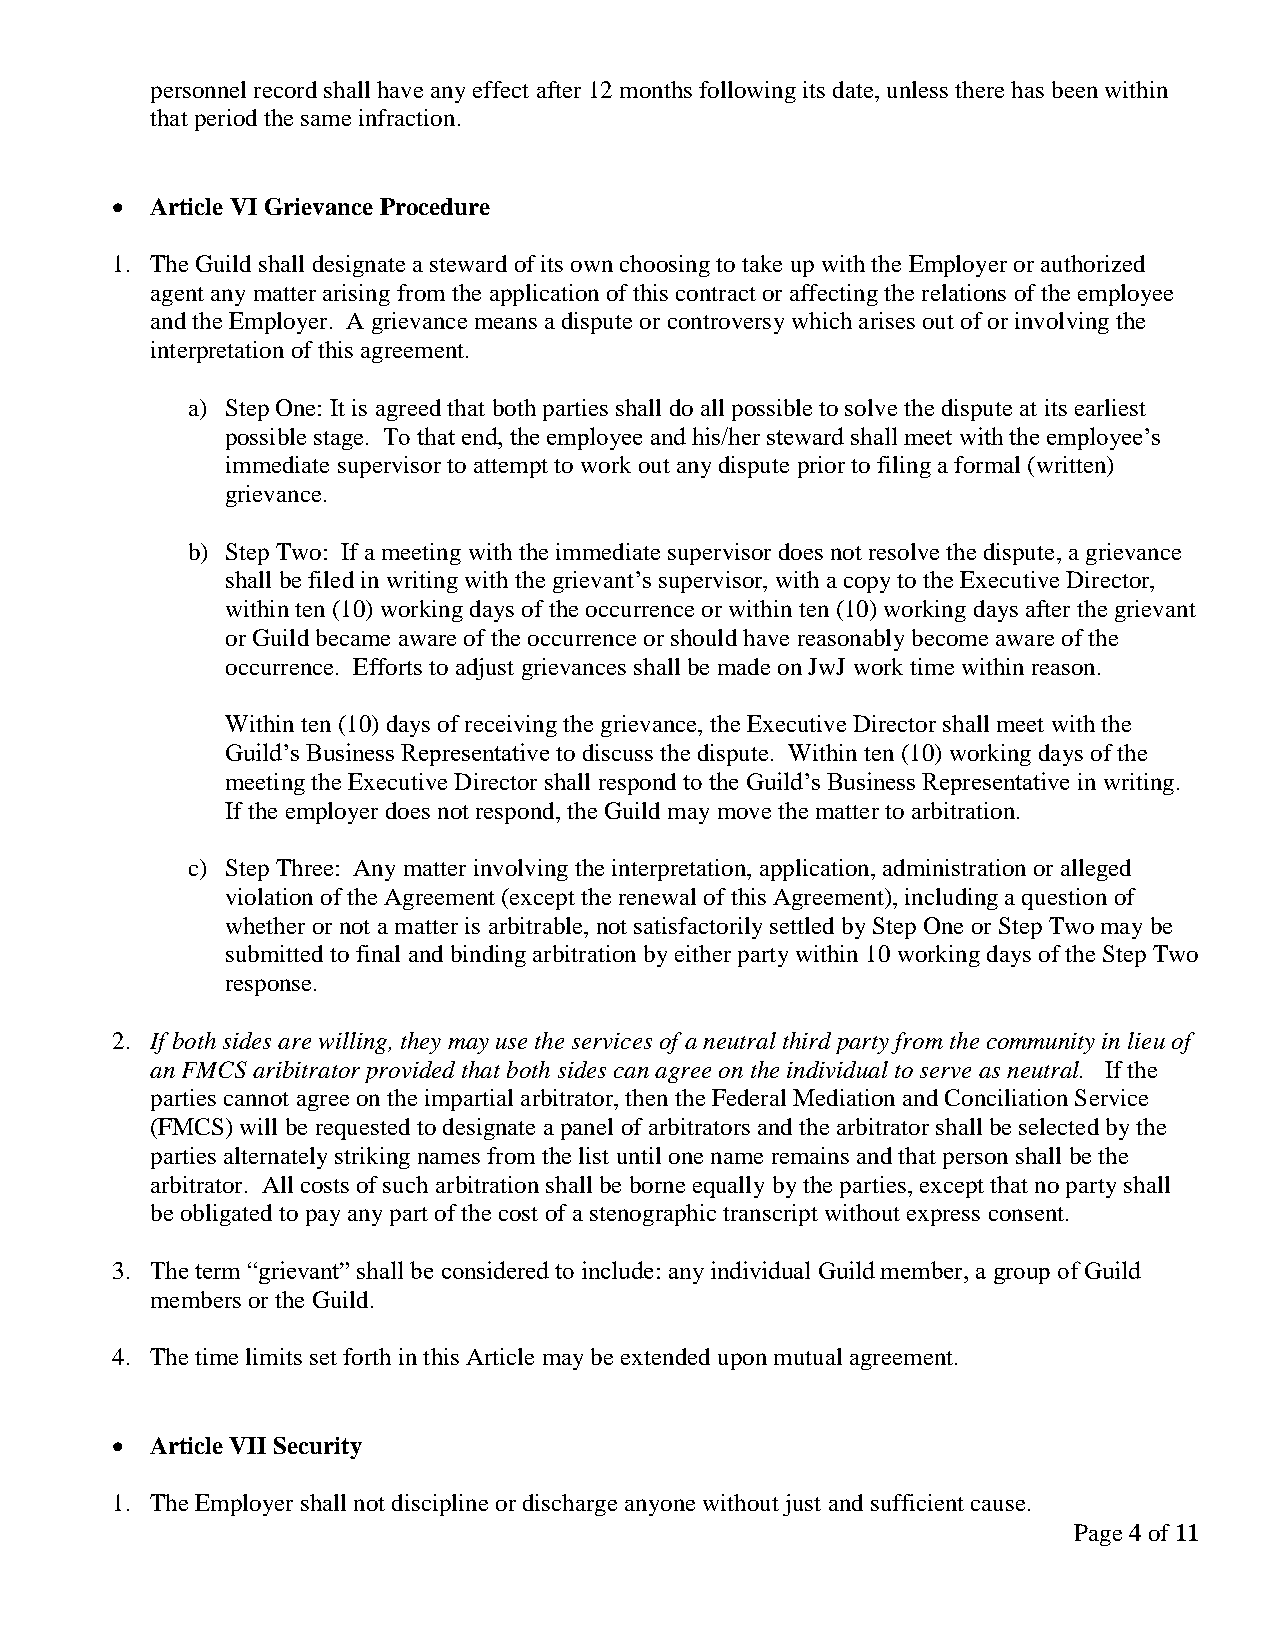
personnel record shall have any effect after 12 months following its date, unless there has been within
 that period the same infraction.
   Article VI Grievance Procedure
 1. The Guild shall designate a steward of its own choosing to take up with the Employer or authorized
 agent any matter arising from the application of this contract or affecting the relations of the employee
 and the Employer. A grievance means a dispute or controversy which arises out of or involving the
 interpretation of this agreement.
 a) Step One: It is agreed that both parties shall do all possible to solve the dispute at its earliest
 possible stage. To that end, the employee and his/her steward shall meet with the employee’s
 immediate supervisor to attempt to work out any dispute prior to filing a formal (written)
 grievance.
 b) Step Two: If a meeting with the immediate supervisor does not resolve the dispute, a grievance
 shall be filed in writing with the grievant’s supervisor, with a copy to the Executive Director,
 within ten (10) working days of the occurrence or within ten (10) working days after the grievant
 or Guild became aware of the occurrence or should have reasonably become aware of the
 occurrence. Efforts to adjust grievances shall be made on JwJ work time within reason.
 Within ten (10) days of receiving the grievance, the Executive Director shall meet with the
 Guild’s Business Representative to discuss the dispute. Within ten (10) working days of the
 meeting the Executive Director shall respond to the Guild’s Business Representative in writing.
 If the employer does not respond, the Guild may move the matter to arbitration.
 c) Step Three: Any matter involving the interpretation, application, administration or alleged
 violation of the Agreement (except the renewal of this Agreement), including a question of
 whether or not a matter is arbitrable, not satisfactorily settled by Step One or Step Two may be
 submitted to final and binding arbitration by either party within 10 working days of the Step Two
 response.
 2. If both sides are willing, they may use the services of a neutral third party from the community in lieu of
 an FMCS aribitrator provided that both sides can agree on the individual to serve as neutral. If the
 parties cannot agree on the impartial arbitrator, then the Federal Mediation and Conciliation Service
 (FMCS) will be requested to designate a panel of arbitrators and the arbitrator shall be selected by the
 parties alternately striking names from the list until one name remains and that person shall be the
 arbitrator. All costs of such arbitration shall be borne equally by the parties, except that no party shall
 be obligated to pay any part of the cost of a stenographic transcript without express consent.
 3. The term “grievant” shall be considered to include: any individual Guild member, a group of Guild
 members or the Guild.
 4. The time limits set forth in this Article may be extended upon mutual agreement.
   Article VII Security
 1. The Employer shall not discipline or discharge anyone without just and sufficient cause.
 Page 4 of 11